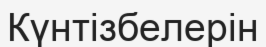
Күнтізбелерін